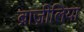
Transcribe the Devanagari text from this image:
ब्राज़ीलिया